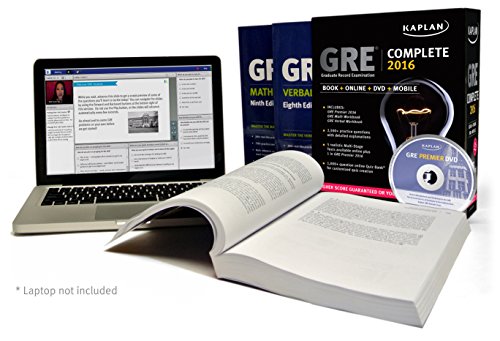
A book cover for GRE Complete 2016: The Ultimate in Comprehensive Self-Study for GRE: Book + Online + DVD + Mobile (Kaplan Test Prep); Kaplan; Test Preparation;